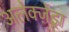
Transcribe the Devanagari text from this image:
अलेक्ज़ेंड्रा